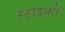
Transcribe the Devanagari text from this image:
स्ट्राइकों